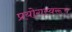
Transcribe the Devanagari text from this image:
प्रयोगस्वरूप